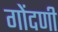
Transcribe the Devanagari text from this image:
गोंदणी